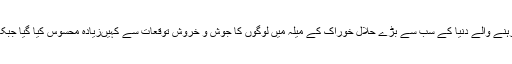
لندن کے ایکسل سینٹر ExCeL Centre میں دو روز تک جاری رہنے والے دنیا کے سب سے بڑے حلال خوراک کے میلہ میں لوگوں کا جوش و خروش توقعات سے کہیںزیادہ محسوس کیا گیا جبکہ چاکلیٹ کی مدد سے تیار کردہ میٹھا’چوکلیٹیئر‘ بھی دستیاب تھیں ۔